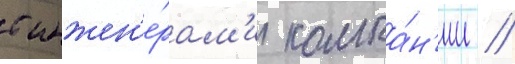
с инжен'е́рам'и компа́н'ии //